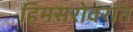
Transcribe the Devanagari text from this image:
हिमसरोवरात